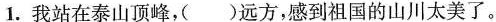
1. 我站在泰山顶峰，( )远方，感到祖国的山川太美了。